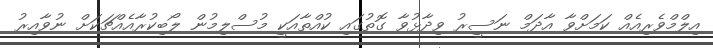
އިލްމްވެރިއެއް ކަމަށްވާ އާދަމް ނަސީރު ވިދާޅުވާ ގޮތުގައި ކުއްތާއަކީ މުސްލިމުން ލޯބިކުރާއެއްޗަކަށް ނުވާއިރު